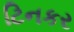
ટિનકર